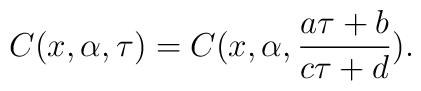
C(x,\alpha,\tau)=C(x,\alpha, \frac{a \tau+b}{c \tau+d}).